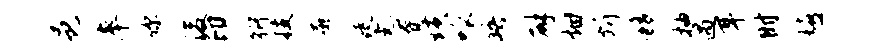
邑率你浚印衍技廓徒恚眷璜呱晤辟烟圻移抽遇耳时嬉